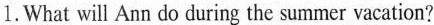
1.What will Ann do during the summer vacation?